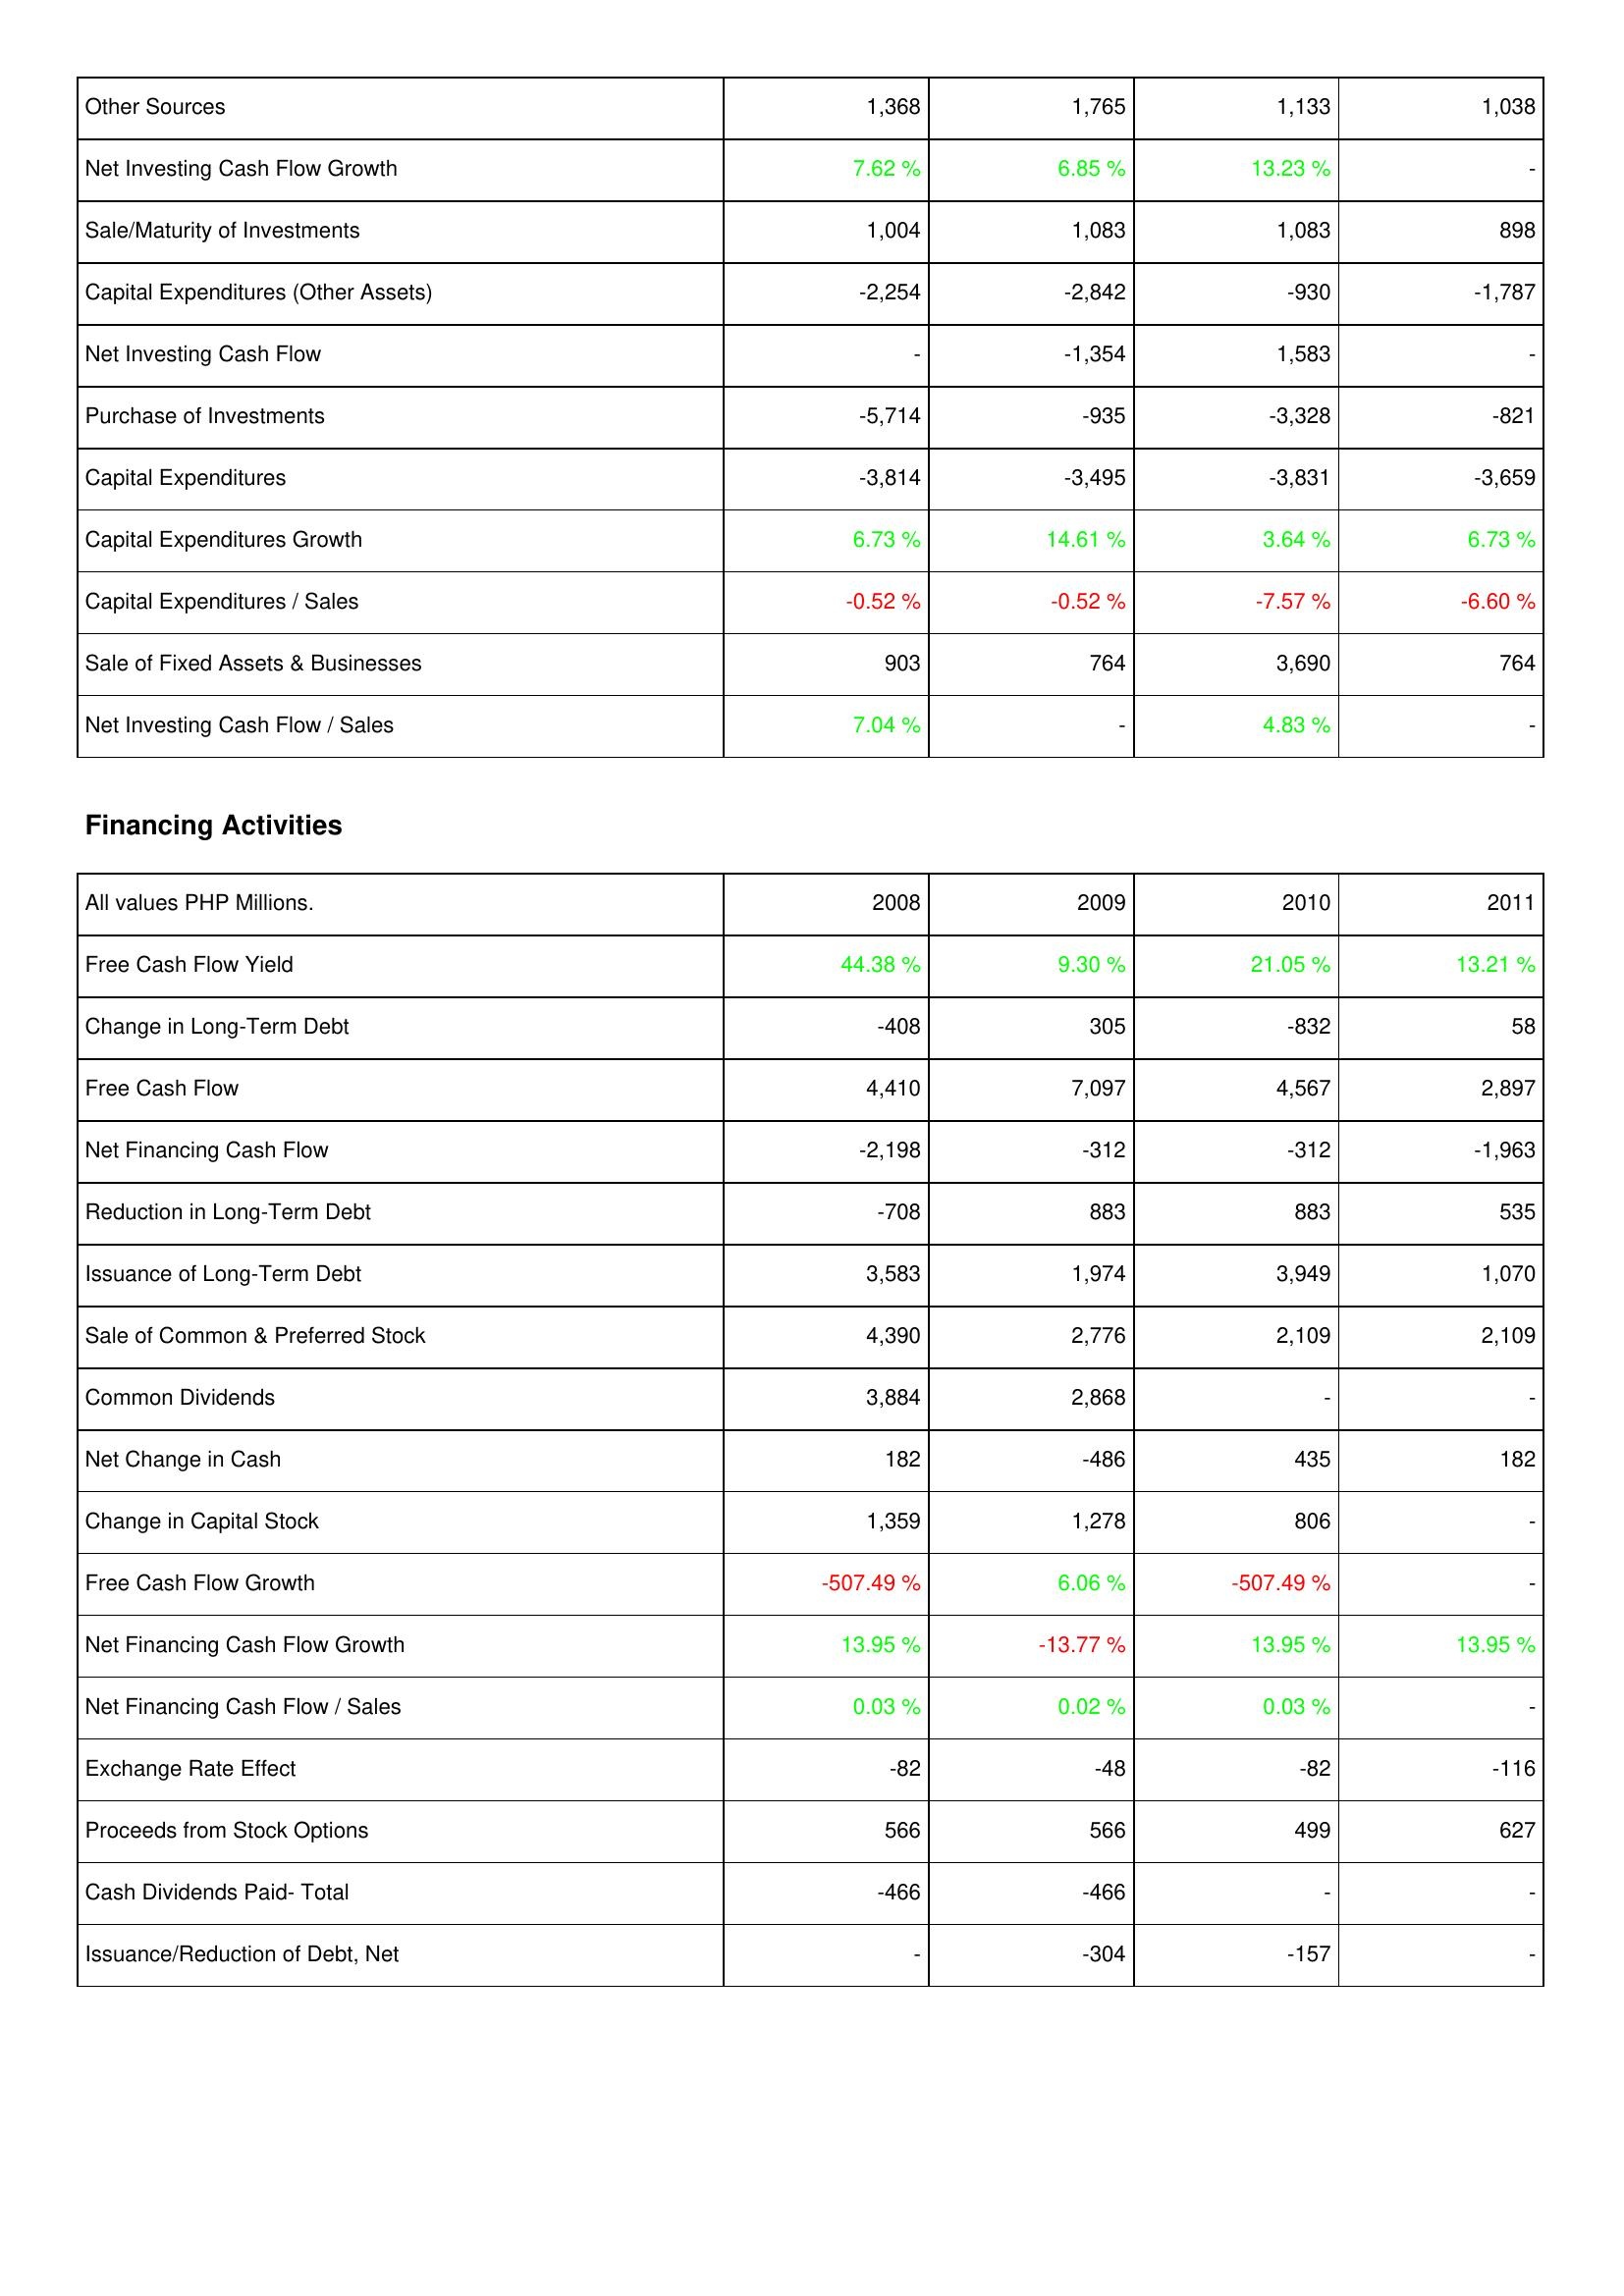
2008: Investing Activities: Other Sources: 1,368
Net Investing Cash Flow Growth: 7.62 %
Sale/Maturity of Investments: 1,004
Capital Expenditures (Other Assets): -2,254
Net Investing Cash Flow: -
Purchase of Investments: -5,714
Capital Expenditures: -3,814
Capital Expenditures Growth: 6.73 %
Capital Expenditures / Sales: -0.52 %
Sale of Fixed Assets & Businesses: 903
Net Investing Cash Flow / Sales: 7.04 %
Financing Activities: Free Cash Flow Yield: 44.38 %
Change in Long-Term Debt: -408
Free Cash Flow: 4,410
Net Financing Cash Flow: -2,198
Reduction in Long-Term Debt: -708
Issuance of Long-Term Debt: 3,583
Sale of Common & Preferred Stock: 4,390
Common Dividends: 3,884
Net Change in Cash: 182
Change in Capital Stock: 1,359
Free Cash Flow Growth: -507.49 %
Net Financing Cash Flow Growth: 13.95 %
Net Financing Cash Flow / Sales: 0.03 %
Exchange Rate Effect: -82
Proceeds from Stock Options: 566
Cash Dividends Paid- Total: -466
Issuance/Reduction of Debt, Net: -
2009: Investing Activities: Other Sources: 1,765
Net Investing Cash Flow Growth: 6.85 %
Sale/Maturity of Investments: 1,083
Capital Expenditures (Other Assets): -2,842
Net Investing Cash Flow: -1,354
Purchase of Investments: -935
Capital Expenditures: -3,495
Capital Expenditures Growth: 14.61 %
Capital Expenditures / Sales: -0.52 %
Sale of Fixed Assets & Businesses: 764
Net Investing Cash Flow / Sales: -
Financing Activities: Free Cash Flow Yield: 9.30 %
Change in Long-Term Debt: 305
Free Cash Flow: 7,097
Net Financing Cash Flow: -312
Reduction in Long-Term Debt: 883
Issuance of Long-Term Debt: 1,974
Sale of Common & Preferred Stock: 2,776
Common Dividends: 2,868
Net Change in Cash: -486
Change in Capital Stock: 1,278
Free Cash Flow Growth: 6.06 %
Net Financing Cash Flow Growth: -13.77 %
Net Financing Cash Flow / Sales: 0.02 %
Exchange Rate Effect: -48
Proceeds from Stock Options: 566
Cash Dividends Paid- Total: -466
Issuance/Reduction of Debt, Net: -304
2010: Investing Activities: Other Sources: 1,133
Net Investing Cash Flow Growth: 13.23 %
Sale/Maturity of Investments: 1,083
Capital Expenditures (Other Assets): -930
Net Investing Cash Flow: 1,583
Purchase of Investments: -3,328
Capital Expenditures: -3,831
Capital Expenditures Growth: 3.64 %
Capital Expenditures / Sales: -7.57 %
Sale of Fixed Assets & Businesses: 3,690
Net Investing Cash Flow / Sales: 4.83 %
Financing Activities: Free Cash Flow Yield: 21.05 %
Change in Long-Term Debt: -832
Free Cash Flow: 4,567
Net Financing Cash Flow: -312
Reduction in Long-Term Debt: 883
Issuance of Long-Term Debt: 3,949
Sale of Common & Preferred Stock: 2,109
Common Dividends: -
Net Change in Cash: 435
Change in Capital Stock: 806
Free Cash Flow Growth: -507.49 %
Net Financing Cash Flow Growth: 13.95 %
Net Financing Cash Flow / Sales: 0.03 %
Exchange Rate Effect: -82
Proceeds from Stock Options: 499
Cash Dividends Paid- Total: -
Issuance/Reduction of Debt, Net: -157
2011: Investing Activities: Other Sources: 1,038
Net Investing Cash Flow Growth: -
Sale/Maturity of Investments: 898
Capital Expenditures (Other Assets): -1,787
Net Investing Cash Flow: -
Purchase of Investments: -821
Capital Expenditures: -3,659
Capital Expenditures Growth: 6.73 %
Capital Expenditures / Sales: -6.60 %
Sale of Fixed Assets & Businesses: 764
Net Investing Cash Flow / Sales: -
Financing Activities: Free Cash Flow Yield: 13.21 %
Change in Long-Term Debt: 58
Free Cash Flow: 2,897
Net Financing Cash Flow: -1,963
Reduction in Long-Term Debt: 535
Issuance of Long-Term Debt: 1,070
Sale of Common & Preferred Stock: 2,109
Common Dividends: -
Net Change in Cash: 182
Change in Capital Stock: -
Free Cash Flow Growth: -
Net Financing Cash Flow Growth: 13.95 %
Net Financing Cash Flow / Sales: -
Exchange Rate Effect: -116
Proceeds from Stock Options: 627
Cash Dividends Paid- Total: -
Issuance/Reduction of Debt, Net: -